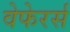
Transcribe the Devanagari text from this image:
वेफेरर्स